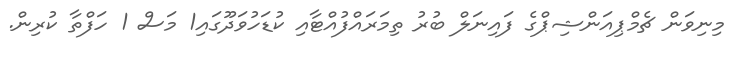
މިނިވަން ޗެމްޕިއަންޝިޕްގެ ފައިނަލް ބުރު ތިމަރައްފުއްޓާއި ކުޑަހުވަދޫގައި1 މަސް 1 ހަފްތާ ކުރިން.